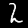
Label: 2